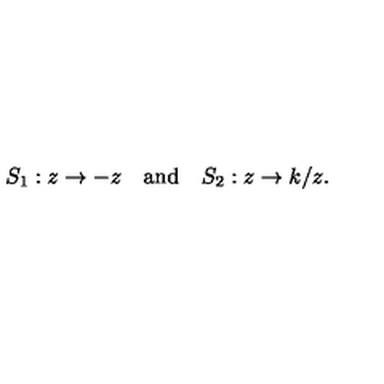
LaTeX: S _ { 1 } : z \to - z \quad \mathrm { a n d } \quad S _ { 2 } : z \to k / z .